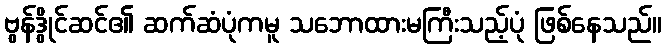
ဗွန်ဒွိုင်ဆင်၏ ဆက်ဆံပုံကမူ သဘောထားမကြီးသည့်ပုံ ဖြစ်နေသည်။